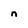
Character: n